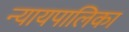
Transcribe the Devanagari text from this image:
न्‍यायपालिका